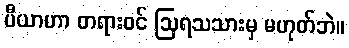
ပီယာဟာ တရားဝင် ဩရသသားမှ မဟုတ်ဘဲ။